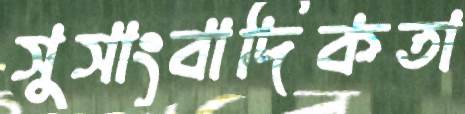
সুসাংবাদিকতা